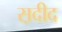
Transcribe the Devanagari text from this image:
स़दीद